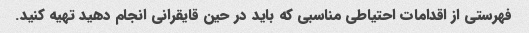
فهرستی از اقدامات احتیاطی مناسبی که باید در حین قایقرانی انجام دهید تهیه کنید.